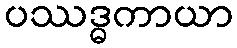
ပဿဒ္ဓကာယာ